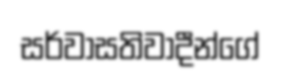
සර්වාසතිවාදීන්ගේ